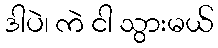
ဒါပဲ၊ ကဲ ငါ သွားမယ်